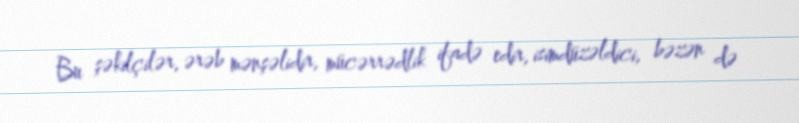
Bu şəkilçilər, ərəb mənşəlidir, mücərrədlik ifadə edir, isimdüzəldici, bəzən də